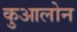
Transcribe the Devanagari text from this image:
कुआलोन